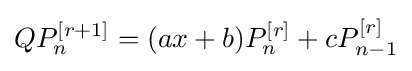
QP_{n}^{[r+1]}=(ax+b)P_{n}^{[r]}+cP_{n-1}^{[r]}